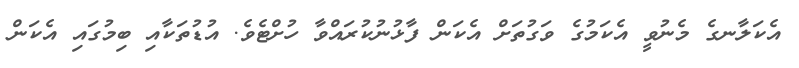
އެކަލާނގެ މެނުވީ އެކަމުގެ ވަގުތަށް އެކަން ފާޅުނުކުރައްވާ ހުށްޓެވެ. އުޑުތަކާއި ބިމުގައި އެކަން